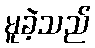
မူခဲ့သည်